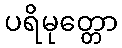
ပရိမုတ္တော